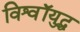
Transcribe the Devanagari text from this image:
विश्वॉयुद्ध